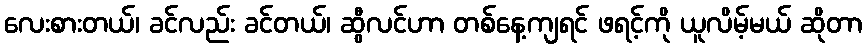
လေးစားတယ်၊ ခင်လည်း ခင်တယ်၊ ဆွီလင်ဟာ တစ်နေ့ကျရင် ဖရင့်ကို ယူလိမ့်မယ် ဆိုတာ